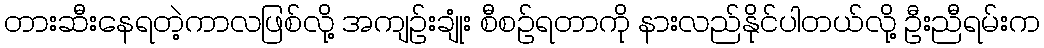
တားဆီးနေရတဲ့ကာလဖြစ်လို့ အကျဉ်းချုံး စီစဉ်ရတာကို နားလည်နိုင်ပါတယ်လို့ ဦးညီရမ်းက